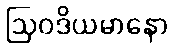
ဩဝဒိယမာနော